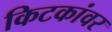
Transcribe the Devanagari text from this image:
किटकांवर